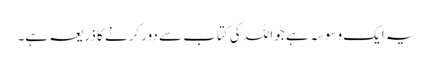
یہ ایک وسوسہ ہے جو اللہ کی کتاب سے دور کرنے کا ذریعہ ہے۔